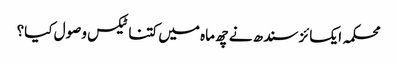
محکمہ ایکسائز سندھ نے چھ ماہ میں کتنا ٹیکس وصول کیا؟